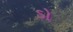
ડો